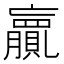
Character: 𮚨